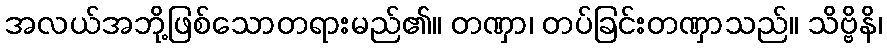
အလယ်အဘို့ဖြစ်သောတရားမည်၏။ တဏှာ၊ တပ်ခြင်းတဏှာသည်။ သိဗ္ဗိနိ၊